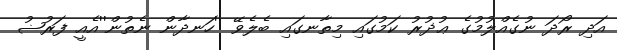
އަދި ރޯދަ ނުގެއްލުމުގެ ޢުޛުރު ކަމުގައި މިތާނގައި ބެލެވޭ ''ހަނދާން ނެތުން''އެއީ ފަރުޟު